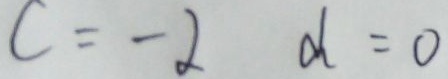
c = - 2 d = 0